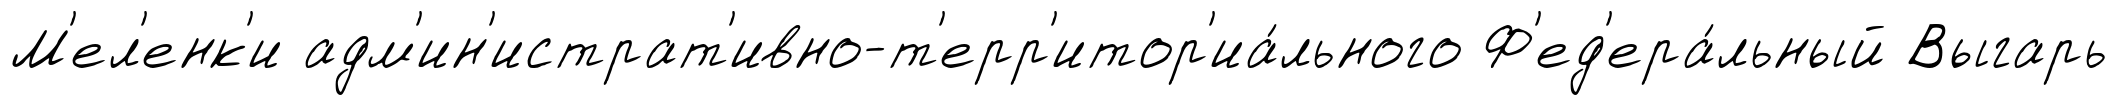
М'ел'енк'и адм'ин'истрат'ивно-т'ерр'итор'иа́льного Ф'ед'ера́льный Выгарь